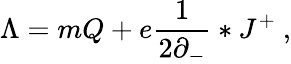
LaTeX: \Lambda=mQ+e\frac{1}{2\partial_{-}}*J^{+}\ ,